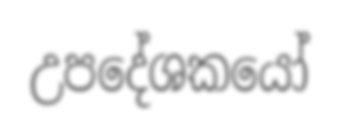
උපදේශකයෝ